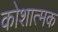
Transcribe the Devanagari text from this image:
कोशात्मक